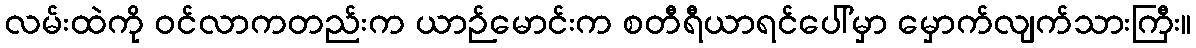
လမ်းထဲကို ဝင်လာကတည်းက ယာဉ်မောင်းက စတီရီယာရင်ပေါ်မှာ မှောက်လျက်သားကြီး။